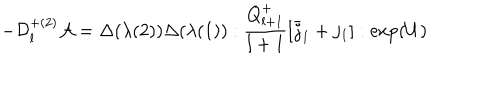
- { \cal D } _ { l } ^ { + ( 2 ) } { \cal A } = \Delta ( \lambda ( 2 ) ) \Delta ( \lambda ( 1 ) ) : \frac { Q _ { l + 1 } ^ { + } } { l + 1 } [ \bar { j } _ { 1 } + j _ { 1 } ] : \exp ( U )